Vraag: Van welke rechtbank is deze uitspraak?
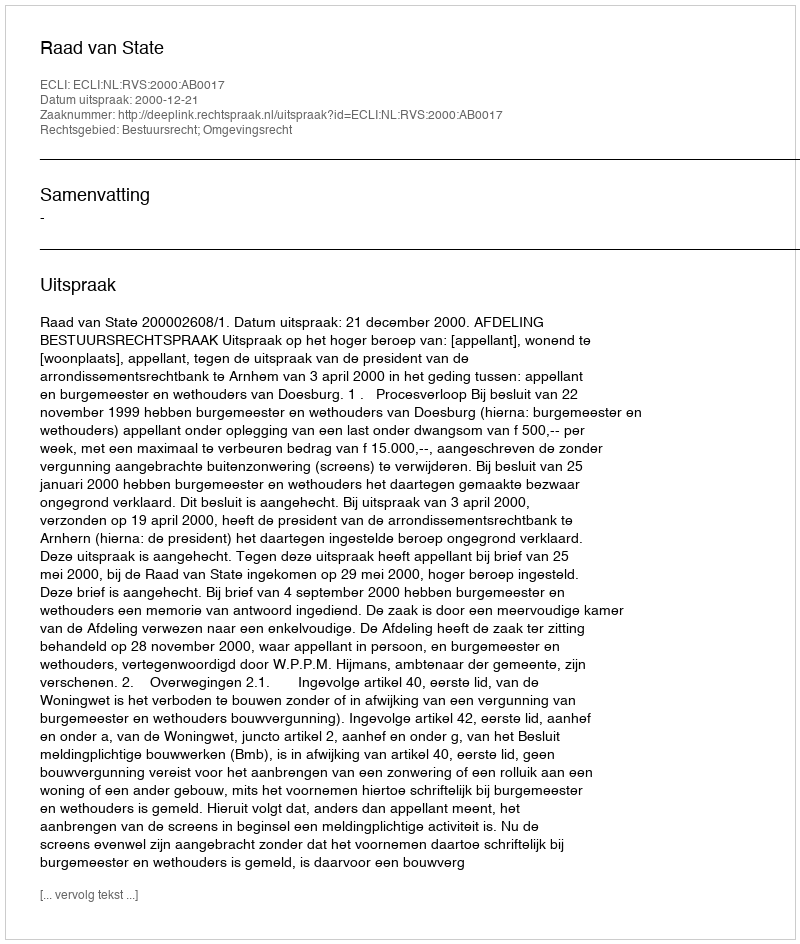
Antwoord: Raad van State